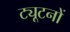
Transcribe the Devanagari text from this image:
ट्यूटनों